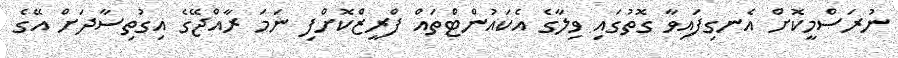
ނުރަސްމީކޮށް އެނގިފައިވާ ގޮތުގައި ވިލާގެ އެކައުންޓްތައް ފްރީޒްކޮށްފި ނަމަ ރާއްޖޭގެ އިގުތިސާދަށް އޭގެ